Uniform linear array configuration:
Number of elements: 4
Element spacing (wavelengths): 1
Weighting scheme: hann
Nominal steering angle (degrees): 60
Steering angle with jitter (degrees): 61.624
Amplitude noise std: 0.05
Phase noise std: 0.05

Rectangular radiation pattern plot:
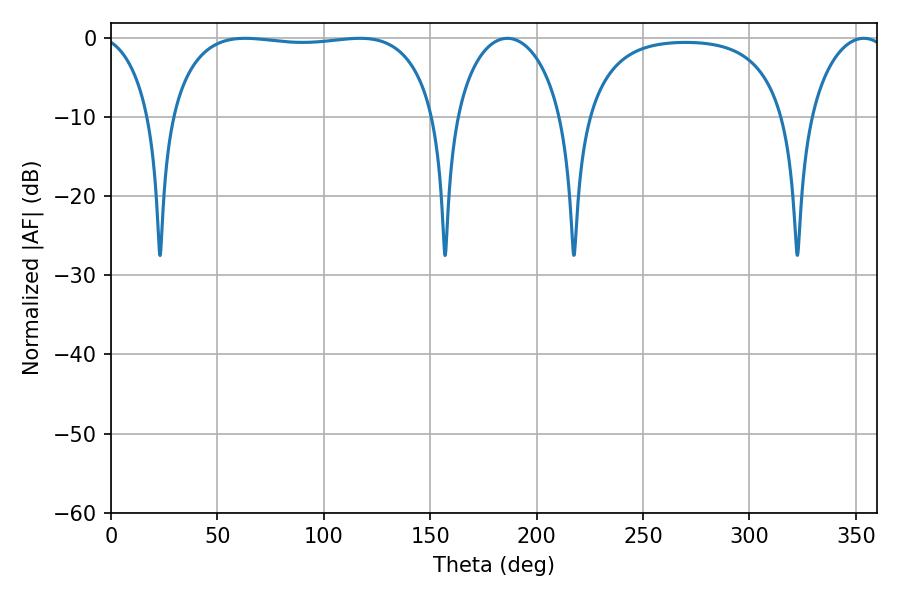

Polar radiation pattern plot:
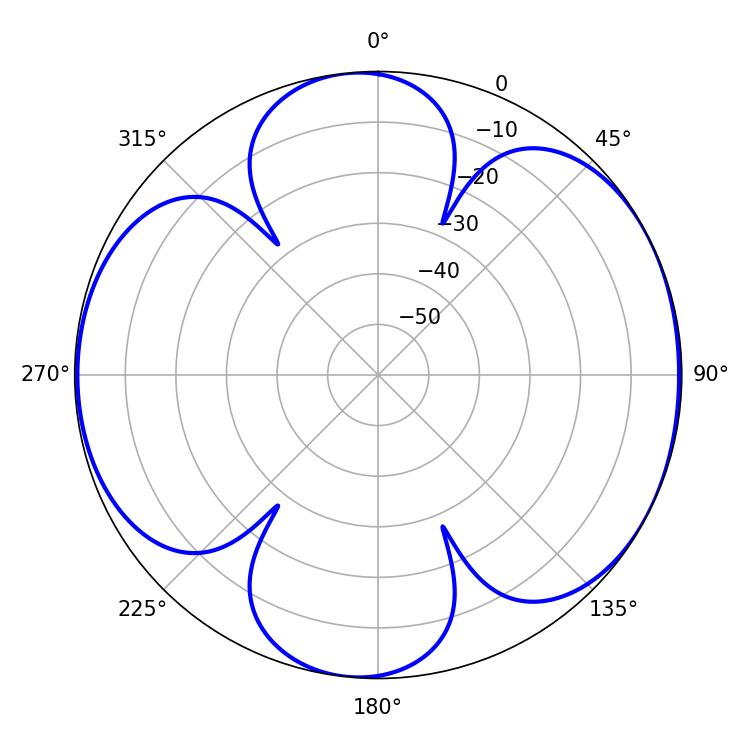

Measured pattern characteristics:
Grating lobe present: TRUE
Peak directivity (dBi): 6.768
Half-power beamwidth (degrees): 100.08
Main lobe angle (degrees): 63